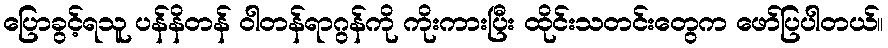
ပြောခွင့်ရသူ ပန်နိတန် ဝါတန်ရာဂွန်ကို ကိုးကားပြီး ထိုင်းသတင်းတွေက ဖော်ပြပါတယ်။